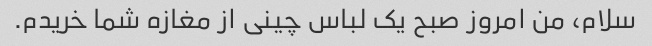
سلام، من امروز صبح یک لباس چینی از مغازه شما خریدم.